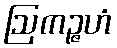
ဩကဉ္ဇဟံ